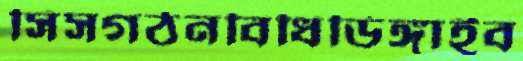
সিসগঠনবিধিডিঙ্গাইব